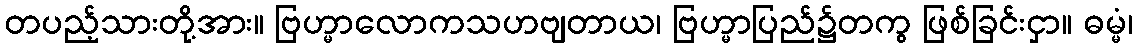
တပည့်သားတို့အား။ ဗြဟ္မာလောကသဟဗျတာယ၊ ဗြဟ္မာပြည်၌တကွ ဖြစ်ခြင်းငှာ။ ဓမ္မံ၊